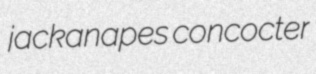
jackanapes concocter